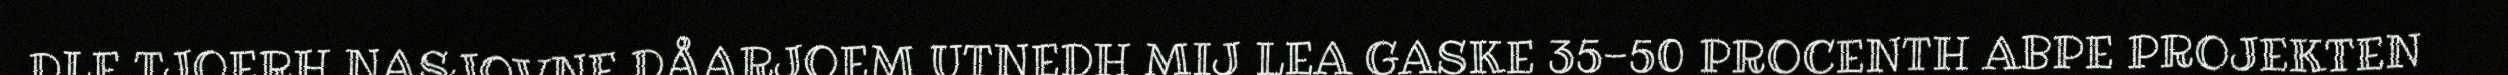
DLE TJOERH NASJOVNE DÅARJOEM UTNEDH MIJ LEA GASKE 35-50 PROCENTH ABPE PROJEKTEN